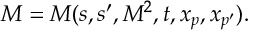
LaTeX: M = M ( s , s ^ { \prime } , { \cal M } ^ { 2 } , t , x _ { p } , x _ { p ^ { \prime } } ) .